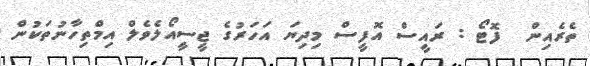
ތެރެއިން  ފޮޓޯ : ރައީސް އޮފީސް މިދިޔަ އަހަރުގެ ޖީސީއޯލެެވެލް އިމްތިހާނުތަކުން